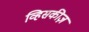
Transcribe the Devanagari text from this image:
व्हिसकीज़